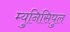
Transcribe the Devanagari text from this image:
म्युनिसिपुल